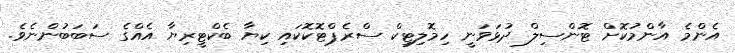
އެންމެ އާންމުކޮށް ޓޮންސިލް ދުޅަވަނީ ހިމޮލިޓިކް ސްރެޕްޓޮކޮކައި ކިޔާ ބެކްޓީރިޔާ އެއްގެ ސަބަބުންނެވެ.